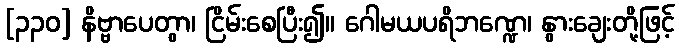
[၃၃၀] နိဗ္ဗာပေတွာ၊ ငြိမ်းစေပြီး၍။ ဂေါမယပရိဘဏ္ဍေ၊ နွားချေးတို့ဖြင့်